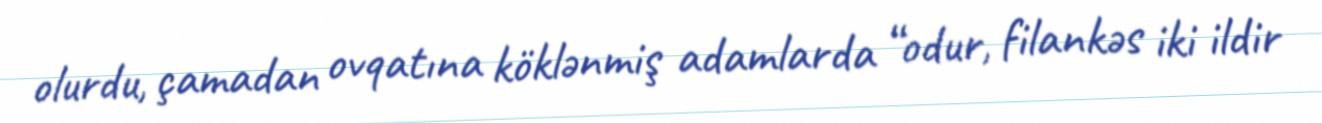
olurdu, çamadan ovqatına köklənmiş adamlarda “odur, filankəs iki ildir